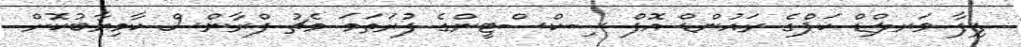
ފިފާ ވަރލްޑް ކަޕްގެ ރައުންޑް އޮފް ސިކްސްޓީންގެ ފުރަތަމަ މެޗު ފްރާންސް ކާމިޔާބުކޮށް